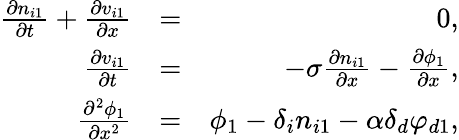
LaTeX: \begin{array}{rlr}{\frac{\partial n_{i1}}{\partial t}+\frac{\partial v_{i1}}{\partial x}}&{=}&{0,}\\ {\frac{\partial v_{i1}}{\partial t}}&{=}&{-\sigma\frac{\partial n_{i1}}{\partial x}-\frac{\partial\phi_{1}}{\partial x},}\\ {\frac{\partial^{2}\phi_{1}}{\partial x^{2}}}&{=}&{\phi_{1}-\delta_{i}n_{i1}-\alpha\delta_{d}\varphi_{d1},}\end{array}